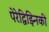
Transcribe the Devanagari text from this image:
पेरेद्विझ्निकी